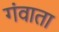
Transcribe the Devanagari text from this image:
गंवाता